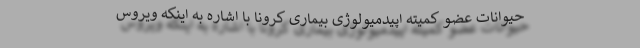
حیوانات عضو کمیته اپیدمیولوژی بیماری کرونا با اشاره به اینکه ویروس